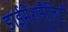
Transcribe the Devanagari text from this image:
डाईमेंशनैलिटी